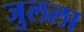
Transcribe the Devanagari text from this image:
जुलला